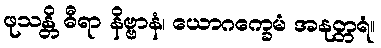
ဖုသန္တိ ဓီရာ နိဗ္ဗာနံ၊ ယောဂက္ခေမံ အနုတ္တရံ။